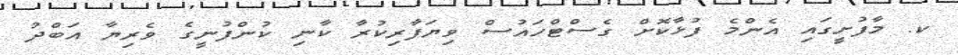
ކ. މާފުށީގައި އެންމެ ފުޅާކޮށް ގެސްޓްހައުސް ވިޔަފާރިކުރާ ކާނި ކުންފުނީގެ ވެރިޔާ އަބްދު